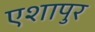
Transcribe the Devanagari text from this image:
एशापुर